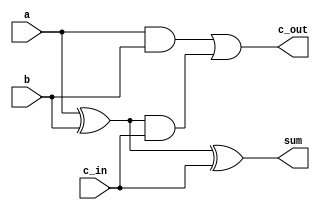
`timescale 1ns/1ps

module full_addr(
    input a, b, c_in,
    output sum, c_out);

    wire n1, n2, n3;

    xor (n1,    a,b);
    xor (sum,   n1,c_in);
    and (n2,    a,b);
    and (n3,    n1,c_in);
    or  (c_out, n2,n3);
endmodule


// 4-bit adder using 4 full adders

module bit4_4fullAdders (
    input [3:0] a, b,
    input c_in,
    output [3:0] sum,
    output c_out);

    `ifdef NO_GATES
        wire [4:0] sum_4;
        assign sum_4 = a + b + c_in;
        assign sum = sum_4[3:0];
        assign c_out = sum_4[4];
    `else
        wire [2:0] carry;

    full_addr FA_0(
        .a(a[0]),
        .b(b[0]),
        .c_in(c_in),
        .sum(sum[0]),
        .c_out(carry[0]));

    full_addr FA_1(
        .a(a[1]),
        .b(b[1]),
        .c_in(carry[0]),
        .sum(sum[1]),
        .c_out(carry[1]));

    full_addr FA_2(
        .a(a[2]),
        .b(b[2]),
        .c_in(carry[1]),
        .sum(sum[2]),
        .c_out(carry[2]));
    
    full_addr FA_3(
        .a(a[3]),
        .b(b[3]),
        .c_in(carry[2]),
        .sum(sum[3]),
        .c_out(c_out)); 
    `endif
endmodule